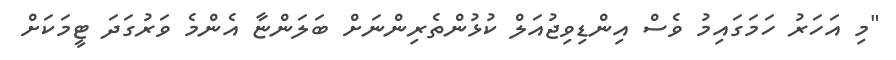
"މި އަހަރު ހަމަގައިމު ވެސް އިންޑިވިޖުއަލް ކުޅުންތެރިންނަށް ބަލަންޏާ އެންމެ ވަރުގަދަ ޓީމަކަށް